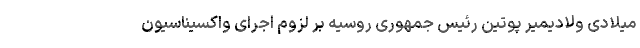
میلادی ولادیمیر پوتین رئیس جمهوری روسیه بر لزوم اجرای واکسیناسیون